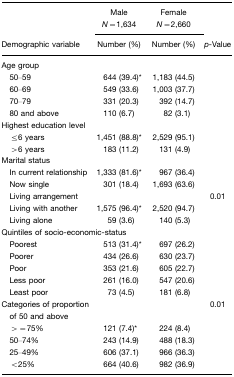
|  | Male N=1,634 | Female N=2,660 |  |
 | Demographic variable | Number (%) | Number (%) | p-Value |
 | --- | --- | --- | --- |
 | <COLSPAN=4> Age group |
 | 50–59 | 644 (39.4)* | 1,183(44.5) |  |
 | 60–69 | 549 (33.6) | 1,003 (37.7) |  |
 | 70–79 | 331 (20.3) | 392 (14.7) |  |
 | 80 and above | 110 (6.7) | 82 (3.1) |  |
 | <COLSPAN=4> Highest education level |
 | ≤ 6 years | 1,451 (88.8)* | 2,529 (95.1) |  |
 | > 6 years | 183 (11.2) | 131 (4.9) |  |
 | <COLSPAN=4> Marital status |
 | In current relationship | 1,333 (81.6)* | 967 (36.4) |  |
 | Now single | 301 (18.4) | 1,693 (63.6) |  |
 | Living arrangement |  |  | 0.01 |
 | Living with another | 1,575 (96.4)* | 2,520 (94.7) |  |
 | Living alone | 59 (3.6) | 140 (5.3) |  |
 | <COLSPAN=4> Quintiles of socio-economic-status |
 | Poorest | 513 (31.4)* | 697 (26.2) |  |
 | Poorer | 434 (26.6) | 630 (23.7) |  |
 | Poor | 353 (21.6) | 605 (22.7) |  |
 | Less poor | 261 (16.0) | 547 (20.6) |  |
 | Least poor | 73 (4.5) | 181 (6.8) |  |
 | Categories of proportion of 50 and above |  |  | 0.01 |
 | > = 75% | 121 (7.4)* | 224 (8.4) |  |
 | 50–74% | 243 (14.9) | 488 (18.3) |  |
 | 25–49% | 606 (37.1) | 966 (36.3) |  |
 | < 25% | 664 (40.6) | 982 (36.9) |  |